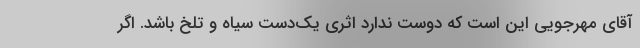
آقای مهرجویی این است که دوست ندارد اثری یک‌دست سیاه و تلخ باشد. اگر